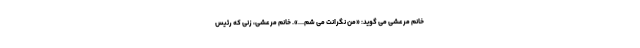
خانم مرعشی می گوید: «من نگرانت می شم...». خانم مرعشی، زنی که رئیس